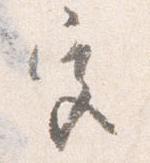
宮